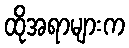
ထိုအရာများက